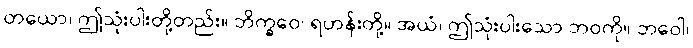
တယော၊ ဤသုံးပါးတို့တည်း။ ဘိက္ခဝေ၊ ရဟန်းတို့။ အယံ၊ ဤသုံးပါးသော ဘဝကို။ ဘဝေါ၊